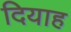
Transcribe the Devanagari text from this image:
दियाह